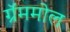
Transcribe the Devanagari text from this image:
ग्रॅममोल